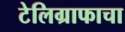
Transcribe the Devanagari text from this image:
टेलिग्राफाचा